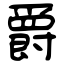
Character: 爵